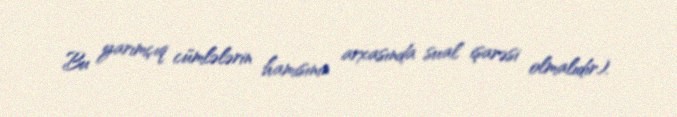
Bu yarımçıq cümlələrin hamısının arxasında sual işarəsi olmalıdır).